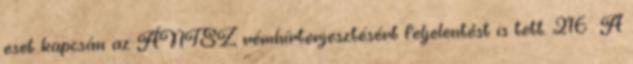
eset kapcsán az ÁNTSZ rémhírterjesztésért feljelentést is tett. 216 A